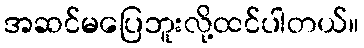
အဆင်မပြေဘူးလို့ထင်ပါတယ်။